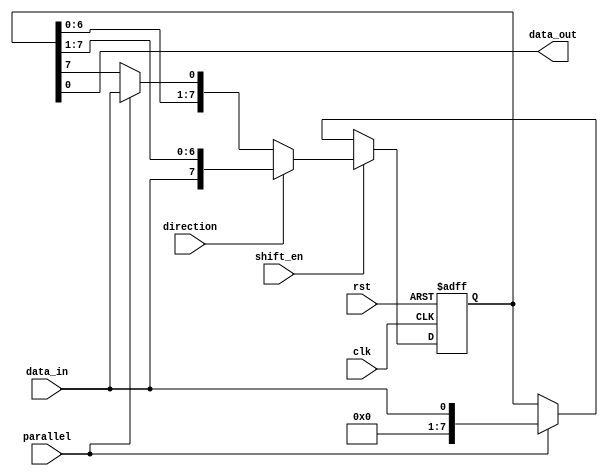
module universal_shift_register(
    input wire clk,           // Clock input
    input wire rst,           // Reset input
    input wire shift_en,      // Shift enable input
    input wire direction,     // Direction input (0 for right, 1 for left)
    input wire parallel,      // Shift in parallel or serial input (0 for parallel, 1 for serial)
    input wire data_in,       // Data input
    output wire data_out      // Data output
);

reg [7:0] reg_data;          // 8-bit data register
reg [2:0] control;           // 3-bit control register

always @(posedge clk or posedge rst) begin
    if (rst) begin
        reg_data <= 0;
        control <= 0;
    end else begin
        if (shift_en) begin
            if (direction) begin // Left shift
                if (parallel) begin
                    reg_data <= {data_in, reg_data[7:1]};
                end else begin
                    reg_data <= {data_in, reg_data[7:1]};
                end
            end else begin // Right shift
                if (parallel) begin
                    reg_data <= {reg_data[6:0], data_in};
                end else begin
                    reg_data <= {reg_data[6:0], reg_data[7]};
                end
            end
        end else begin // Load or hold operation
            if (parallel) begin
                reg_data <= data_in;
            end // else do nothing for hold operation
        end
    end
end

assign data_out = reg_data;

endmodule